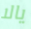
يالا